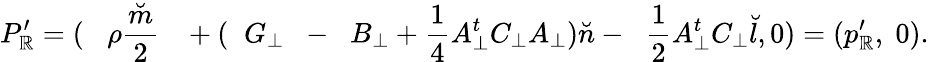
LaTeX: P_{\mathbb{R}}^{\prime}=(\; \; \; {\rho}\frac{{\breve{{m}}}}{{2}}\; \; \; +(\; \; G_{\bot}\; \; -\; \; B_{\bot}+\frac{{1}}{{4}}A_{\bot}^{t}C_{\bot}A_{\bot}){\breve{{n}}}-\; \; \frac{{1}}{{2}}A_{\bot}^{t}C_{\bot}{\breve{{l}}},0)=(p_{\mathbb{R}}^{\prime},\; 0).